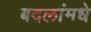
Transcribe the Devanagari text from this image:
बदलांमधे